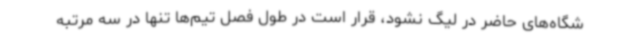
شگاه‌های حاضر در لیگ نشود، قرار است در طول فصل تیم‌ها تنها در سه مرتبه